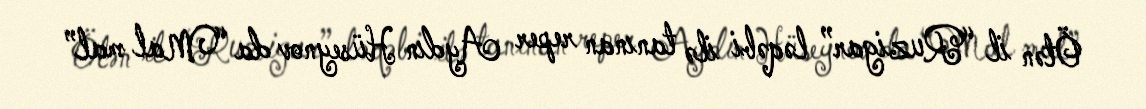
Ötən il “Ruzigar” ləqəbi ilə tanınan reper Aydın Hüseynov da “Mal mal”